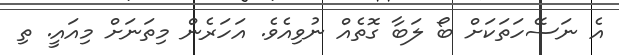
އެ ނަސޭހަތަކަށް ބޯ ލަބާ ގޮތެއް ނުވިއެވެ. އަހަރެން މިތަނަށް މިއައީ. ތި